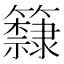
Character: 𥷗